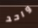
واحد